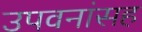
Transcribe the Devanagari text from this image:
उपवनांसह